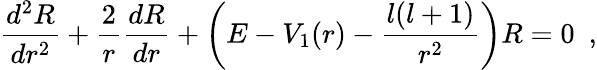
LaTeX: \frac{d^{2}R}{dr^{2}}+\frac{2}{r}\frac{dR}{dr}+\left(E-V_{1}(r)-\frac{l(l+1)}{r^{2}}\right)R=0~~,